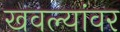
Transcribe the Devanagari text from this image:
खवल्यांवर